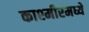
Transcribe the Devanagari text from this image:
काश्‍मीरमध्ये